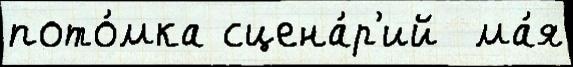
пото́мка сцена́р'ий  ма́я